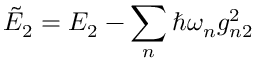
\tilde { E } _ { 2 } = E _ { 2 } - \sum _ { n } \hbar \omega _ { n } g _ { n 2 } ^ { 2 }